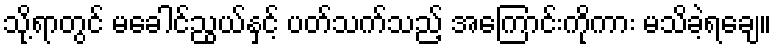
သို့ရာတွင် မခေါင်ညွယ်နှင့် ပတ်သက်သည့် အကြောင်းကိုကား မသိခဲ့ရချေ။